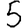
Digit: 5